Source: Handwritten
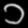
Digit: ၁ (1)